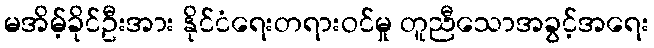
မအိမ့်ခိုင်ဦးအား နိုင်ငံရေးတရားဝင်မှု တူညီသောအခွင့်အရေး